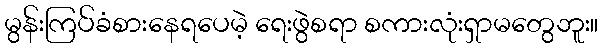
မွန်းကြပ်ခံစားနေရပေမဲ့ ရေးဖွဲစရာ စကားလုံးရှာမတွေဘူး။